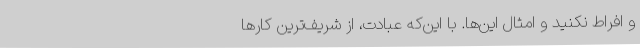
و افراط نکنید و امثال این‌ها. با این‌که عبادت، از شریف‌ترین کارها